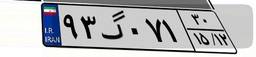
۹۴گ۲۲۰۵۰